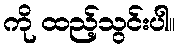
ကို ထည့်သွင်းပါ။